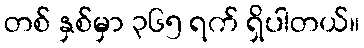
တစ် နှစ်မှာ ၃၆၅ ရက် ရှိပါတယ်။